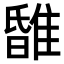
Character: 𨿹